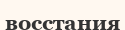
восстания